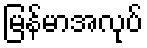
မြန်မာအလုပ်